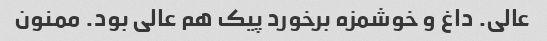
عالی. داغ و خوشمزه برخورد پیک هم عالی بود. ممنون